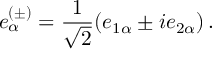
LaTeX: e _ { \alpha } ^ { ( \pm ) } = \frac { 1 } { \sqrt { 2 } } ( e _ { 1 \alpha } \pm i e _ { 2 \alpha } ) \, .